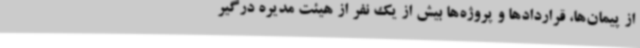
از پیمان‌ها، قراردادها و پروژه‌ها بیش از یک نفر از هیئت مدیره درگیر